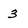
Character: 3